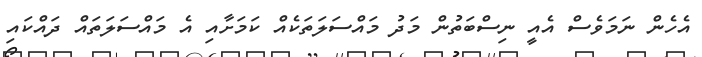
އެހެން ނަމަވެސް އެއީ ނިސްބަތުން މަދު މައްސަލަތަކެއް ކަމަށާއި އެ މައްސަލަތައް ދައްކައި